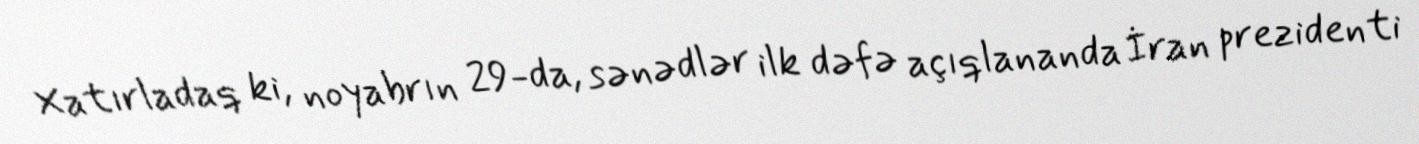
Xatırladaq ki, noyabrın 29-da, sənədlər ilk dəfə açıqlananda İran prezidenti